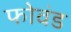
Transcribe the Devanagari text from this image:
फोवंड